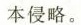
本侵略。